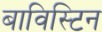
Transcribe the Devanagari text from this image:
बाविस्टिन